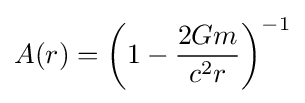
A(r)=\left(1-{\frac {2Gm}{c^{2}r}}\right)^{-1}